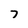
Character: 7